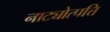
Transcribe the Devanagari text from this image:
नाट्योत्पत्ति